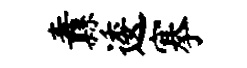
纛逶搴